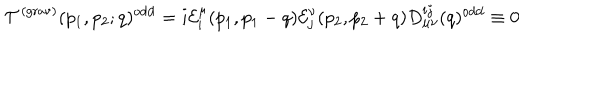
{ \cal T } ^ { ( \mathrm { g r a v } ) } ( p _ { 1 } , p _ { 2 } ; q ) ^ { \mathrm { o d d } } = i { \cal E } _ { i } ^ { \mu } ( p _ { 1 } , p _ { 1 } - q ) { \cal E } _ { j } ^ { \nu } ( p _ { 2 } , p _ { 2 } + q ) D _ { \mu \nu } ^ { i j } ( q ) ^ { \mathrm { o d d } } \equiv 0